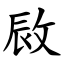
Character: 敐